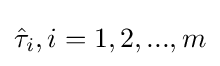
{\textstyle {\hat {\tau }}_{i},i=1,2,...,{m}}